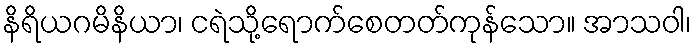
နိရိယဂမိနိယာ၊ ငရဲသို့ရောက်စေတတ်ကုန်သော။ အာသဝါ၊